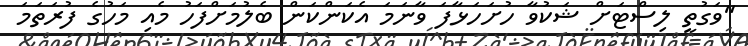
"ވަގުތީ ލިސްޓަށް ޝަކުވާ ހުށަހަޅާފަ ވާނަމަ އެކަންކަން ބެލުމަށްފަހު މެއި މަހުގެ ފުރަތަމަ